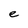
Character: e